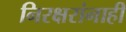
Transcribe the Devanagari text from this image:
निरक्षरांनाही